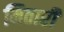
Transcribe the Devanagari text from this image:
मिठारी